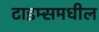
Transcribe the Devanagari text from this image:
टाइम्समधील